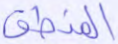
المنطق